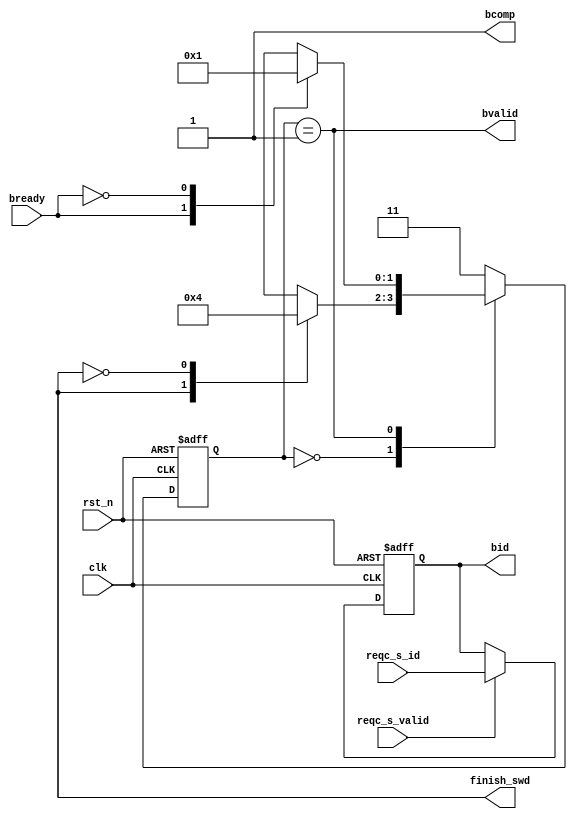
/*
 * My RISC-V RV32I CPU
 * response channel subordinate
 *    Verilog code
 * @auther		Yoshiki Kurokawa <yoshiki.k963@gmail.com>
 * @copylight	2024 Yoshiki Kurokawa
 * @license		https://opensource.org/licenses/MIT     MIT license
 * @version		0.1
 */

module wresp_chan_subo (
	input clk,
	input rst_n,

	// bus signals
	output bvalid,
	input  bready,
	output reg [3:0] bid,
	output bcomp,
	// signals other side
	input reqc_s_valid,
	input [3:0] reqc_s_id,
	output finish_swd

	);

`define RESP_SIDLE 2'b00
`define RESP_SBOUT 2'b01
`define RESP_SDEFO 2'b11

// bcomp just fixed to 1 

assign bcomp = 1'b1;

// write data channel manager state machine
reg [1:0] resp_s_current;

function [1:0] resp_s_decode;
input [1:0] resp_s_current;
input finish_swd;
input bready;
begin
    case(resp_s_current)
		`RESP_SIDLE: begin
    		case(finish_swd)
				1'b1: resp_s_decode = `RESP_SBOUT;
				1'b0: resp_s_decode = `RESP_SIDLE;
				default: resp_s_decode = `RESP_SDEFO;
    		endcase
		end
		`RESP_SBOUT: begin
    		case(bready)
				1'b1: resp_s_decode = `RESP_SIDLE;
				1'b0: resp_s_decode = `RESP_SBOUT;
				default: resp_s_decode = `RESP_SDEFO;
    		endcase
		end
		`RESP_SDEFO: resp_s_decode = `RESP_SDEFO;
		default:     resp_s_decode = `RESP_SDEFO;
   	endcase
end
endfunction

wire [1:0] resp_s_next = resp_s_decode( resp_s_current, finish_swd, bready );

always @ (posedge clk or negedge rst_n) begin
    if (~rst_n)
        resp_s_current <= `RESP_SIDLE;
    else
        resp_s_current <= resp_s_next;
end

assign bvalid = (resp_s_current == `RESP_SBOUT);

// id latch
always @ (posedge clk or negedge rst_n) begin
    if (~rst_n)
        bid <= 4'd0;
    else if (reqc_s_valid)
        bid <= reqc_s_id;
end

endmodule